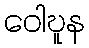
ဝေါဎူန